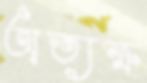
অত্যক্ষ